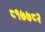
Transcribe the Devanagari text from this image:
८१७७८२